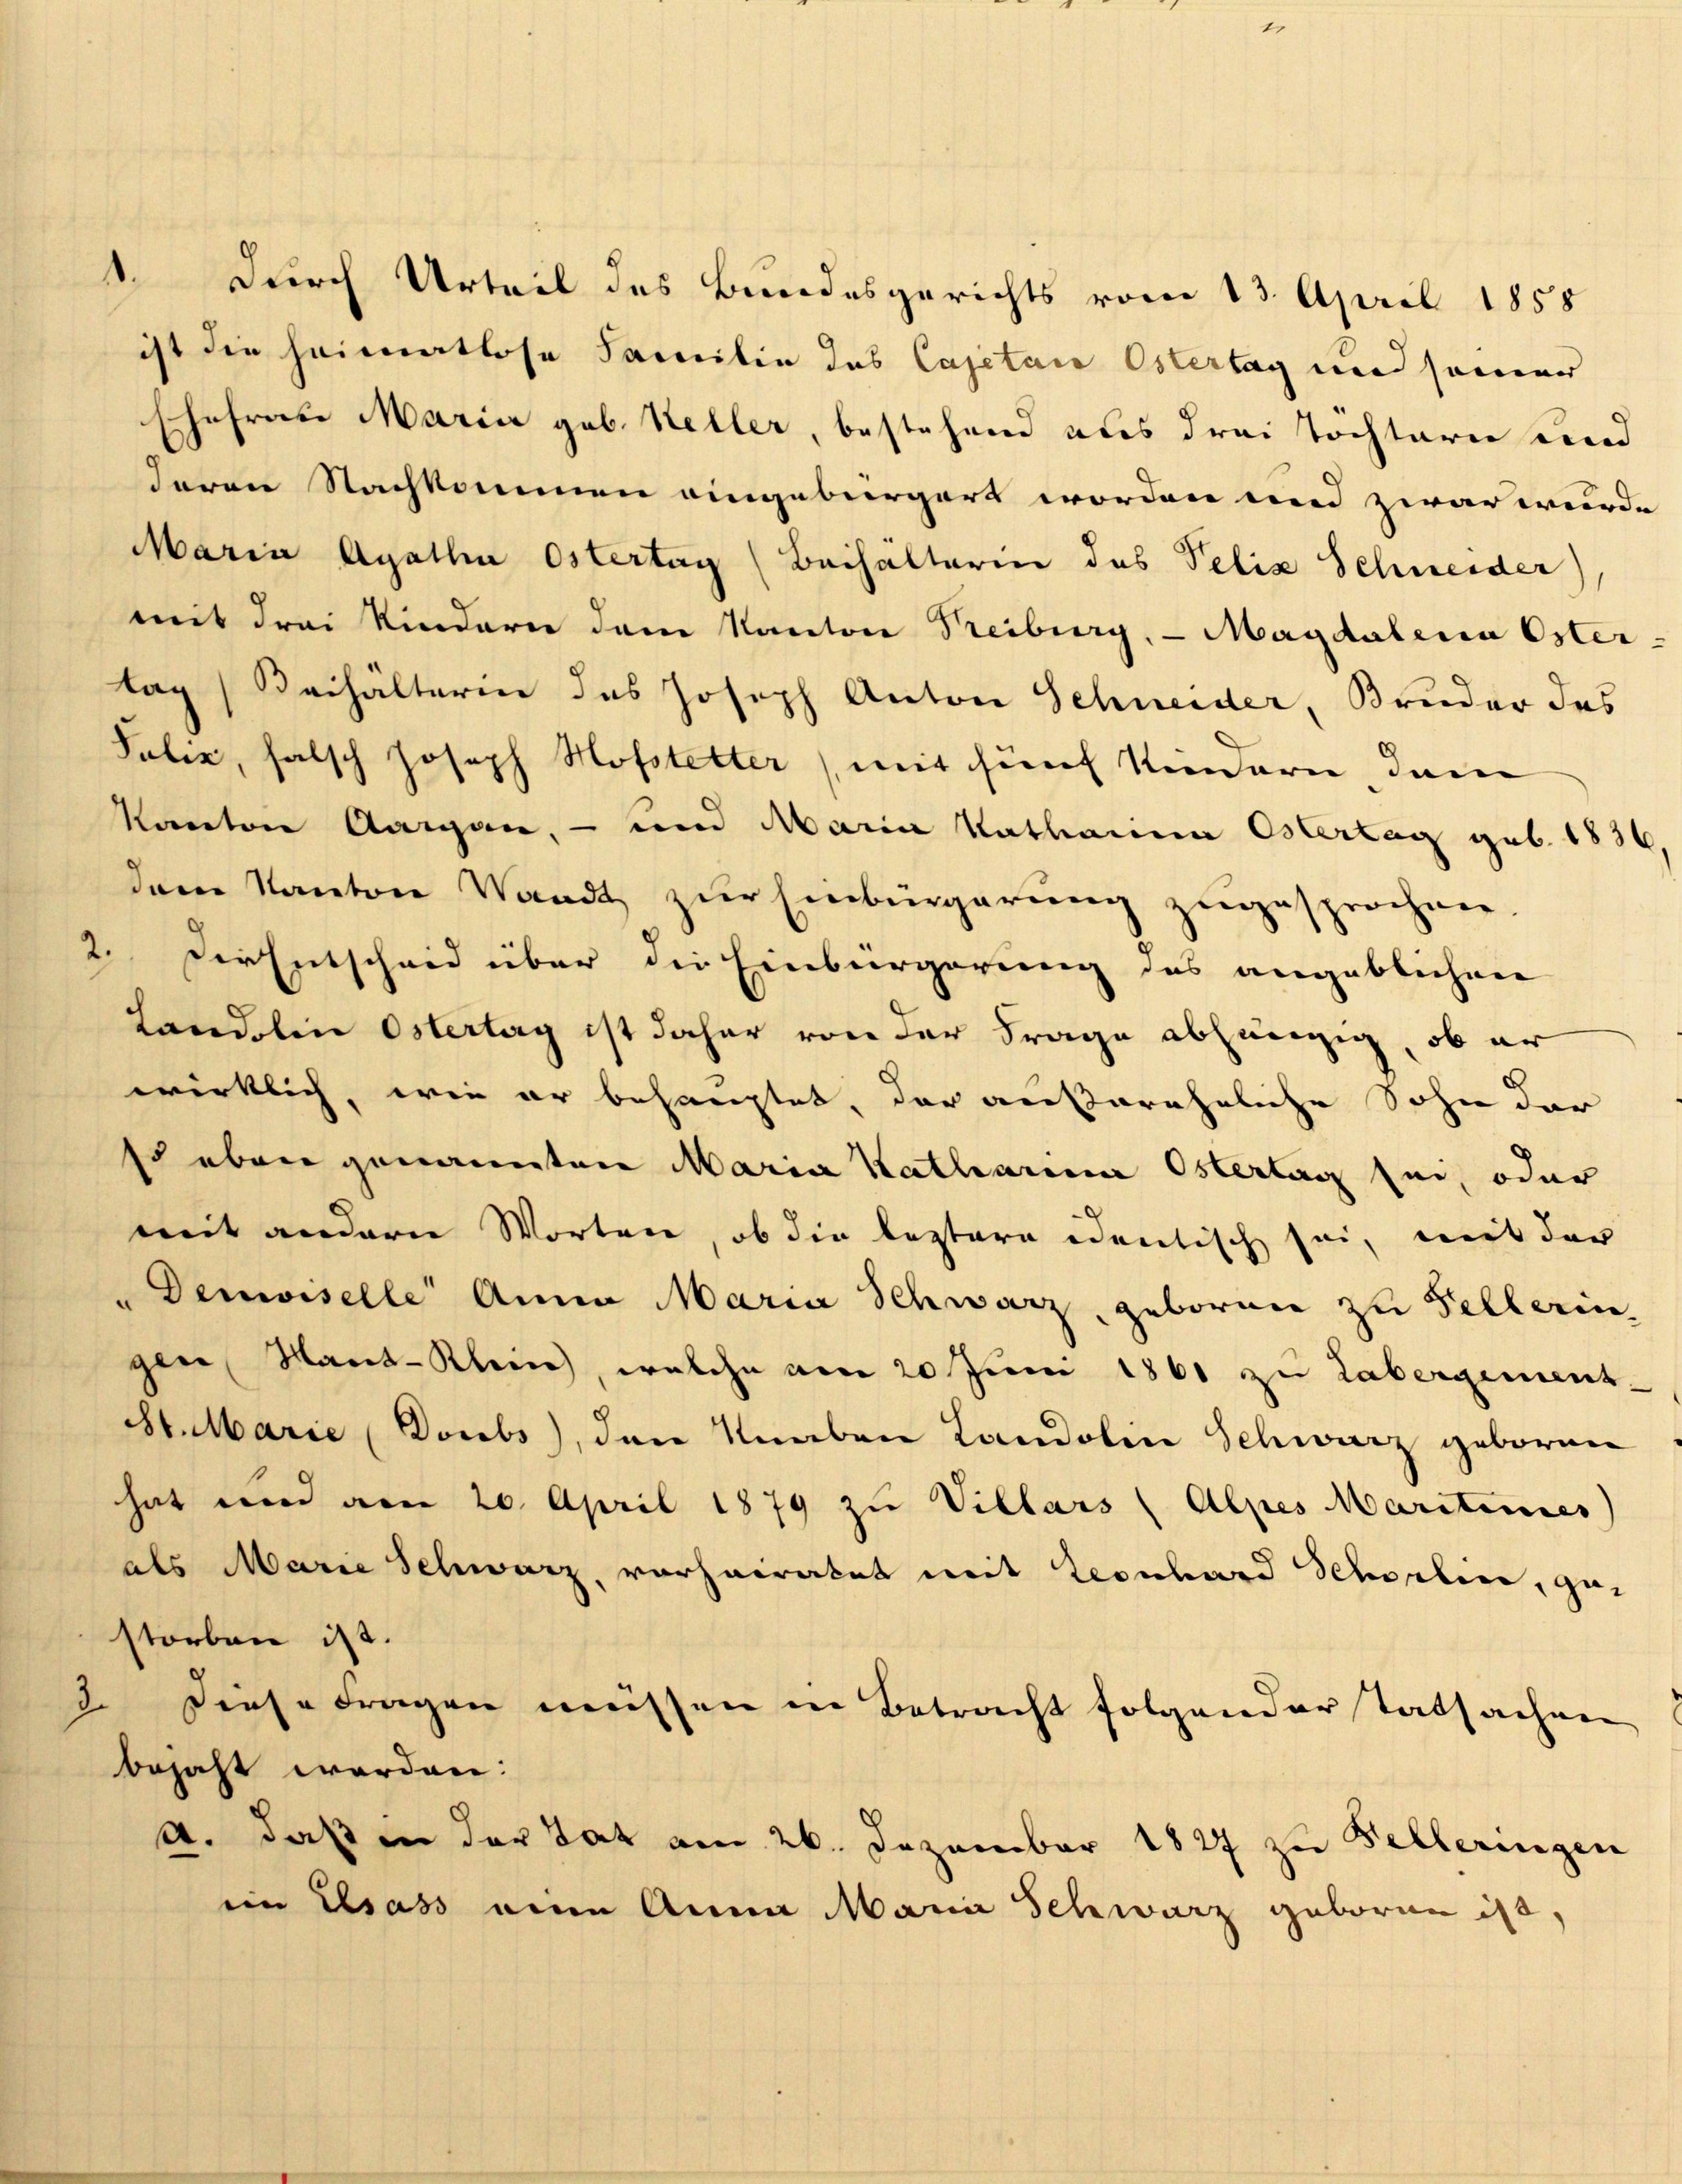
ist die heimatlose Familie das Cajetan Ostertag und seiner
Ehefrau Maria geb. Keller, bestehend dies drei Töchtern und
deren Nachkommen eingebürgert worden und zwar wurde
mit drei Kinderer dem Kanton Treiburg, — Magdalena Oster-
tag Beihälterin des Joseph Anton Schneider, Bruder das
Kanton Aargau, - und Maria Katharina Ostertag geb. 1836
dam Kanton Waadt zŭr Einbürgerŭng zugesprochen.
2. Die Entscheid über die Einbürgerung des angeblichen
Landolin Ostertag ist daher von der Frage abhängig, ob er
wirklich, wie er behauptet, der außereheliche Sohn der
Es eben genannten Maria Katharina Ostertag sei, oder
mit andern Worten, ob die leztere identisch sei, mit der
"Demoiselle Anna Maria Schwarz, geboren zu Fellerin,
gen Mant-Klein, welche am 20 Juni 1861 zu Labergement-
St. Marie Doubs), den Knaben Landolin Schwarz geboren
hat und am 20. April 1879 zu Villars (Alpes Maritimes
als Marie Schwarz, vorheiratet mit Leonhard Scholie, gestorben ist.
2. Diese Fragen müssen in Betracht folgenderstatsachen
bejaht werden:
4. daß in der Tat am 26. Dezember 1827 zu Velleringen
ein Elsass eine Anna Maria Schwarz geboren ist,

Salis, falsch Joseph Hopstetter (mit fünf Kindern, dem

durch Urteil des Bundesgerichts vom 13. April 1855

Maria Agatha Ostertag (Beihälterin des Velix Schneider